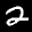
Label: 2